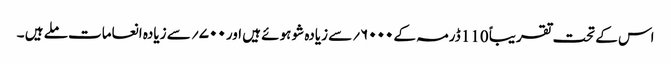
اس کے تحت تقریباً 110 ڈرمہ کے ۶۰۰۰؍سے زیادہ شو ہوئے ہیں اور ۷۰۰؍ سے زیادہ انعامات ملے ہیں ۔